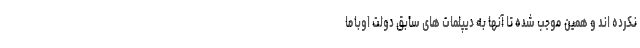
نکرده اند و همین موجب شده تا آنها به دیپلمات های سابق دولت اوباما